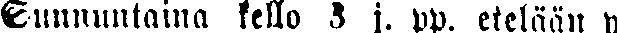
Sunnuntaina kello 3 j. pp. etelään y